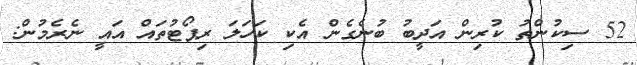
52 ސިކުންތު ކުރިން އަދީބު ބުނެގެން އެކި ކަހަލަ ރިޕޯޓުތައް އައީ ނެރެމުން: